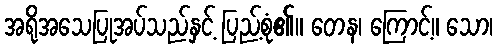
အရိုအသေပြုအပ်သည်နှင့် ပြည့်စုံ၏။ တေန၊ ကြောင့်။ သော၊